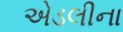
એડલીના